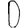
Digit: 0